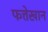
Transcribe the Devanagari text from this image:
फत्तेखान